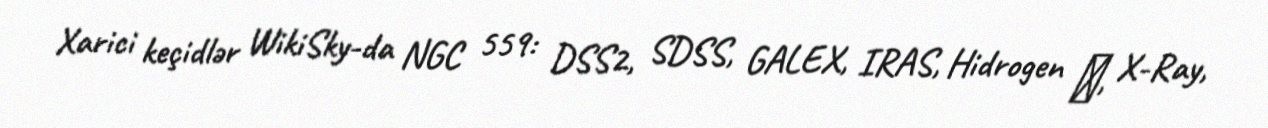
Xarici keçidlər WikiSky-da NGC 559: DSS2, SDSS, GALEX, IRAS, Hidrogen α, X-Ray,